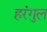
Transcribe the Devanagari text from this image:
हरंगुल